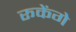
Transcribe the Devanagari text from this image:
रूकेंगे